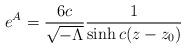
LaTeX: \begin{align*}e^{A} = \frac{6c}{{\sqrt {- \Lambda}}}\frac{1}{\sinh c(z - z_{0})}\end{align*}